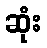
ဆုံး